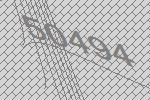
50494